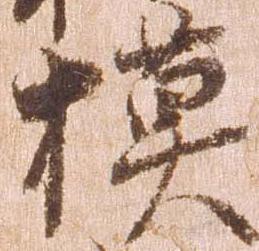
模